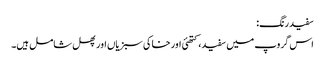
سفید رنگ:
اس گروپ میں سفید، کتھئی اور خاکی سبزیاں اور پھل شامل ہیں۔